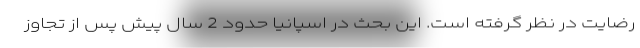
رضایت در نظر گرفته است. این بحث در اسپانیا حدود 2 سال پیش پس از تجاوز